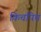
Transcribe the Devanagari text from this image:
किचपिच